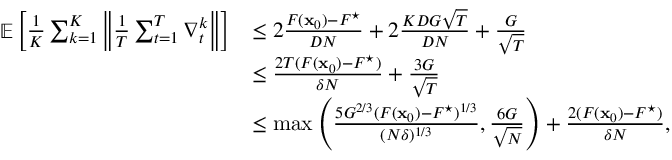
\begin{array} { r l } { \mathop { \mathbb { E } } \left[ \frac { 1 } { K } \sum _ { k = 1 } ^ { K } \left\| \frac { 1 } { T } \sum _ { t = 1 } ^ { T } { \boldsymbol \nabla } _ { t } ^ { k } \right\| \right] } & { \le 2 \frac { F ( { \mathbf x } _ { 0 } ) - F ^ { \star } } { D N } + 2 \frac { K D G \sqrt { T } } { D N } + \frac { G } { \sqrt { T } } } \\ & { \le \frac { 2 T ( F ( { \mathbf x } _ { 0 } ) - F ^ { \star } ) } { \delta N } + \frac { 3 G } { \sqrt { T } } } \\ & { \le \operatorname* { m a x } \left( \frac { 5 G ^ { 2 / 3 } ( F ( { \mathbf x } _ { 0 } ) - F ^ { \star } ) ^ { 1 / 3 } } { ( N \delta ) ^ { 1 / 3 } } , \frac { 6 G } { \sqrt { N } } \right) + \frac { 2 ( F ( { \mathbf x } _ { 0 } ) - F ^ { \star } ) } { \delta N } , } \end{array}